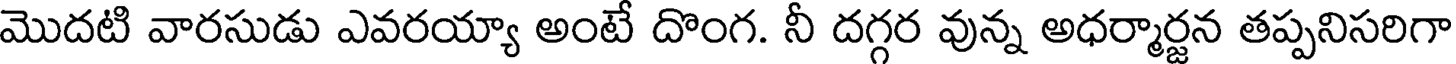
మొదటి వారసుడు ఎవరయ్యా అంటే దొంగ. నీ దగ్గర వున్న అధర్మార్జన తప్పనిసరిగా